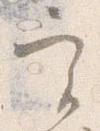
実